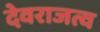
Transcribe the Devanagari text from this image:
देवराजत्व